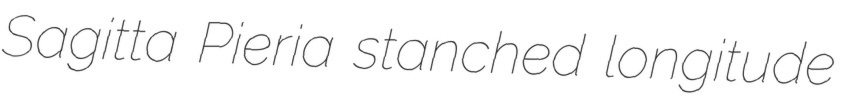
Sagitta Pieria stanched longitude